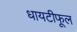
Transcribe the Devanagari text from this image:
धायटीफूल